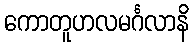
ကောတူဟလမင်္ဂလာနိ